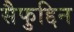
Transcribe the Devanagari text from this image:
सैफुद्दिन